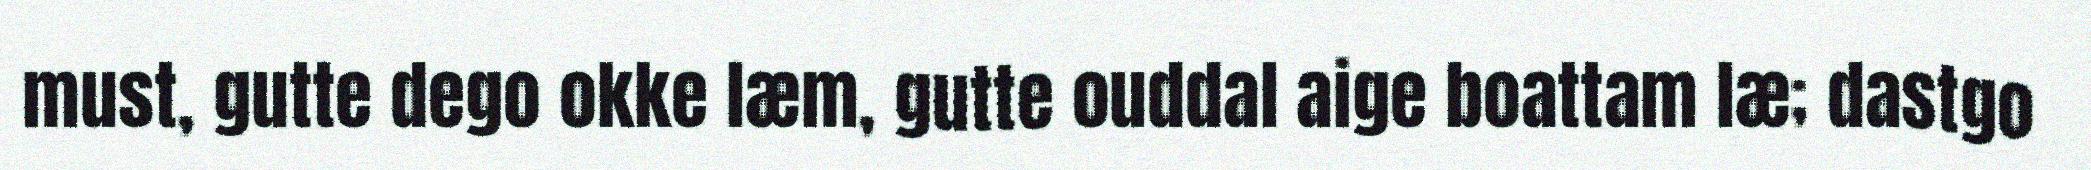
must, gutte dego okke læm, gutte ouddal aige boattam læ; dastgo